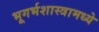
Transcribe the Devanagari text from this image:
भूगर्भशास्त्रामध्ये